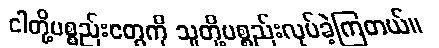
ငါတို့ပစ္စည်းတွေကို သူတို့ပစ္စည်းလုပ်ခဲ့ကြတယ်။